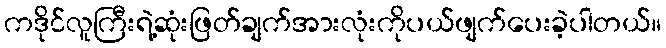
ကဒိုင်လူကြီးရဲ့ဆုံးဖြတ်ချက်အားလုံးကိုပယ်ဖျက်ပေးခဲ့ပါတယ်။